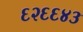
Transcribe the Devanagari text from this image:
६२६६४३